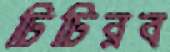
ঢিঢিরব